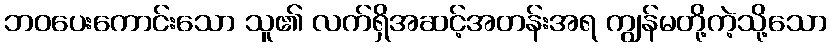
ဘဝပေးကောင်းသော သူ၏ လက်ရှိအဆင့်အတန်းအရ ကျွန်မတို့ကဲ့သို့သော